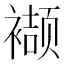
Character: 𮖱